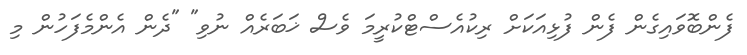
ފެންބޮވައިގެން ފެން ފުޅިއަކަށް ރިކުއެސްޓްކުރީމަ ވެސް ޚަބަރެއް ނުވި" "ދެން އެންމެފަހުން މި